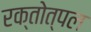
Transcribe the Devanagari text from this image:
रक्तोत्पल